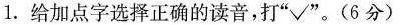
1.给加点字选择正确的读音，打”√”。(6分)